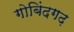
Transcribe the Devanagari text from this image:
गोबिंदगढ़